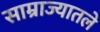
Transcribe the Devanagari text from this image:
साम्राज्यातले